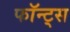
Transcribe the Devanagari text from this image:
फॉन्‍ट्स